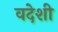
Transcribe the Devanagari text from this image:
वदेशी